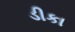
ડીકા